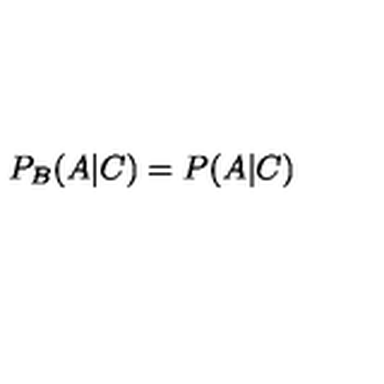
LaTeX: P _ { B } ( A | C ) = P ( A | C )